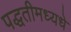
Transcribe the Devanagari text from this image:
पद्धतीमध्यधे